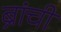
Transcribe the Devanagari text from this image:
ब्रांची